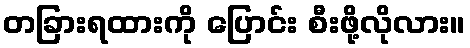
တခြားရထားကို ပြောင်း စီးဖို့လိုလား။